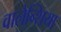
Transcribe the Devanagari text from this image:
वालेन्शिया